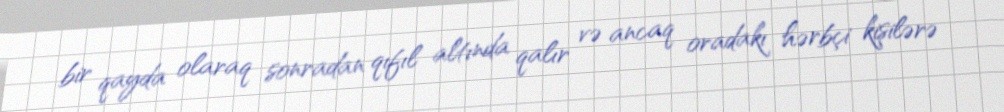
bir qayda olaraq sonradan qıfıl altında qalır və ancaq oradakı hərbçi kişilərə